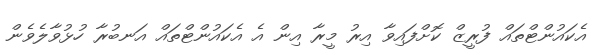
އެކައުންޓްތައް ފުރީޒް ކޮށްފައިވާ އިރު މީރާ އިން އެ އެކައުންޓްތައް އަނބުރާ ހުޅުވާލެވެން